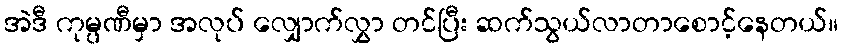
အဲဒီ ကုမ္ပဏီမှာ အလုပ် လျှောက်လွှာ တင်ပြီး ဆက်သွယ်လာတာစောင့်နေတယ်။